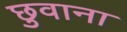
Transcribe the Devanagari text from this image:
छुवाना